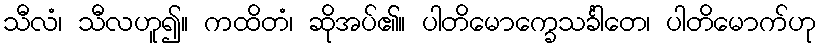
သီလံ၊ သီလဟူ၍။ ကထိတံ၊ ဆိုအပ်၏။ ပါတိမောက္ခေသင်္ခါတေ၊ ပါတိမောက်ဟု